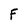
Character: F